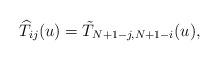
LaTeX: \begin{align*} \widehat{T}_{ij}(u) = \tilde{T}_{N+1-j, N+1-i}(u),\end{align*}